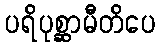
ပရိပုစ္ဆာမီတိပေ